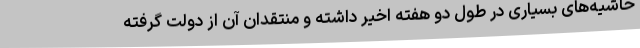
حاشیه‌های بسیاری در طول دو هفته اخیر داشته و منتقدان آن از دولت گرفته